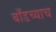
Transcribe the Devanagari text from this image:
बाँडच्याच